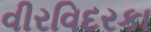
વીરવિદરકા